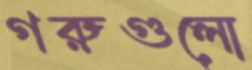
গরুগুলো